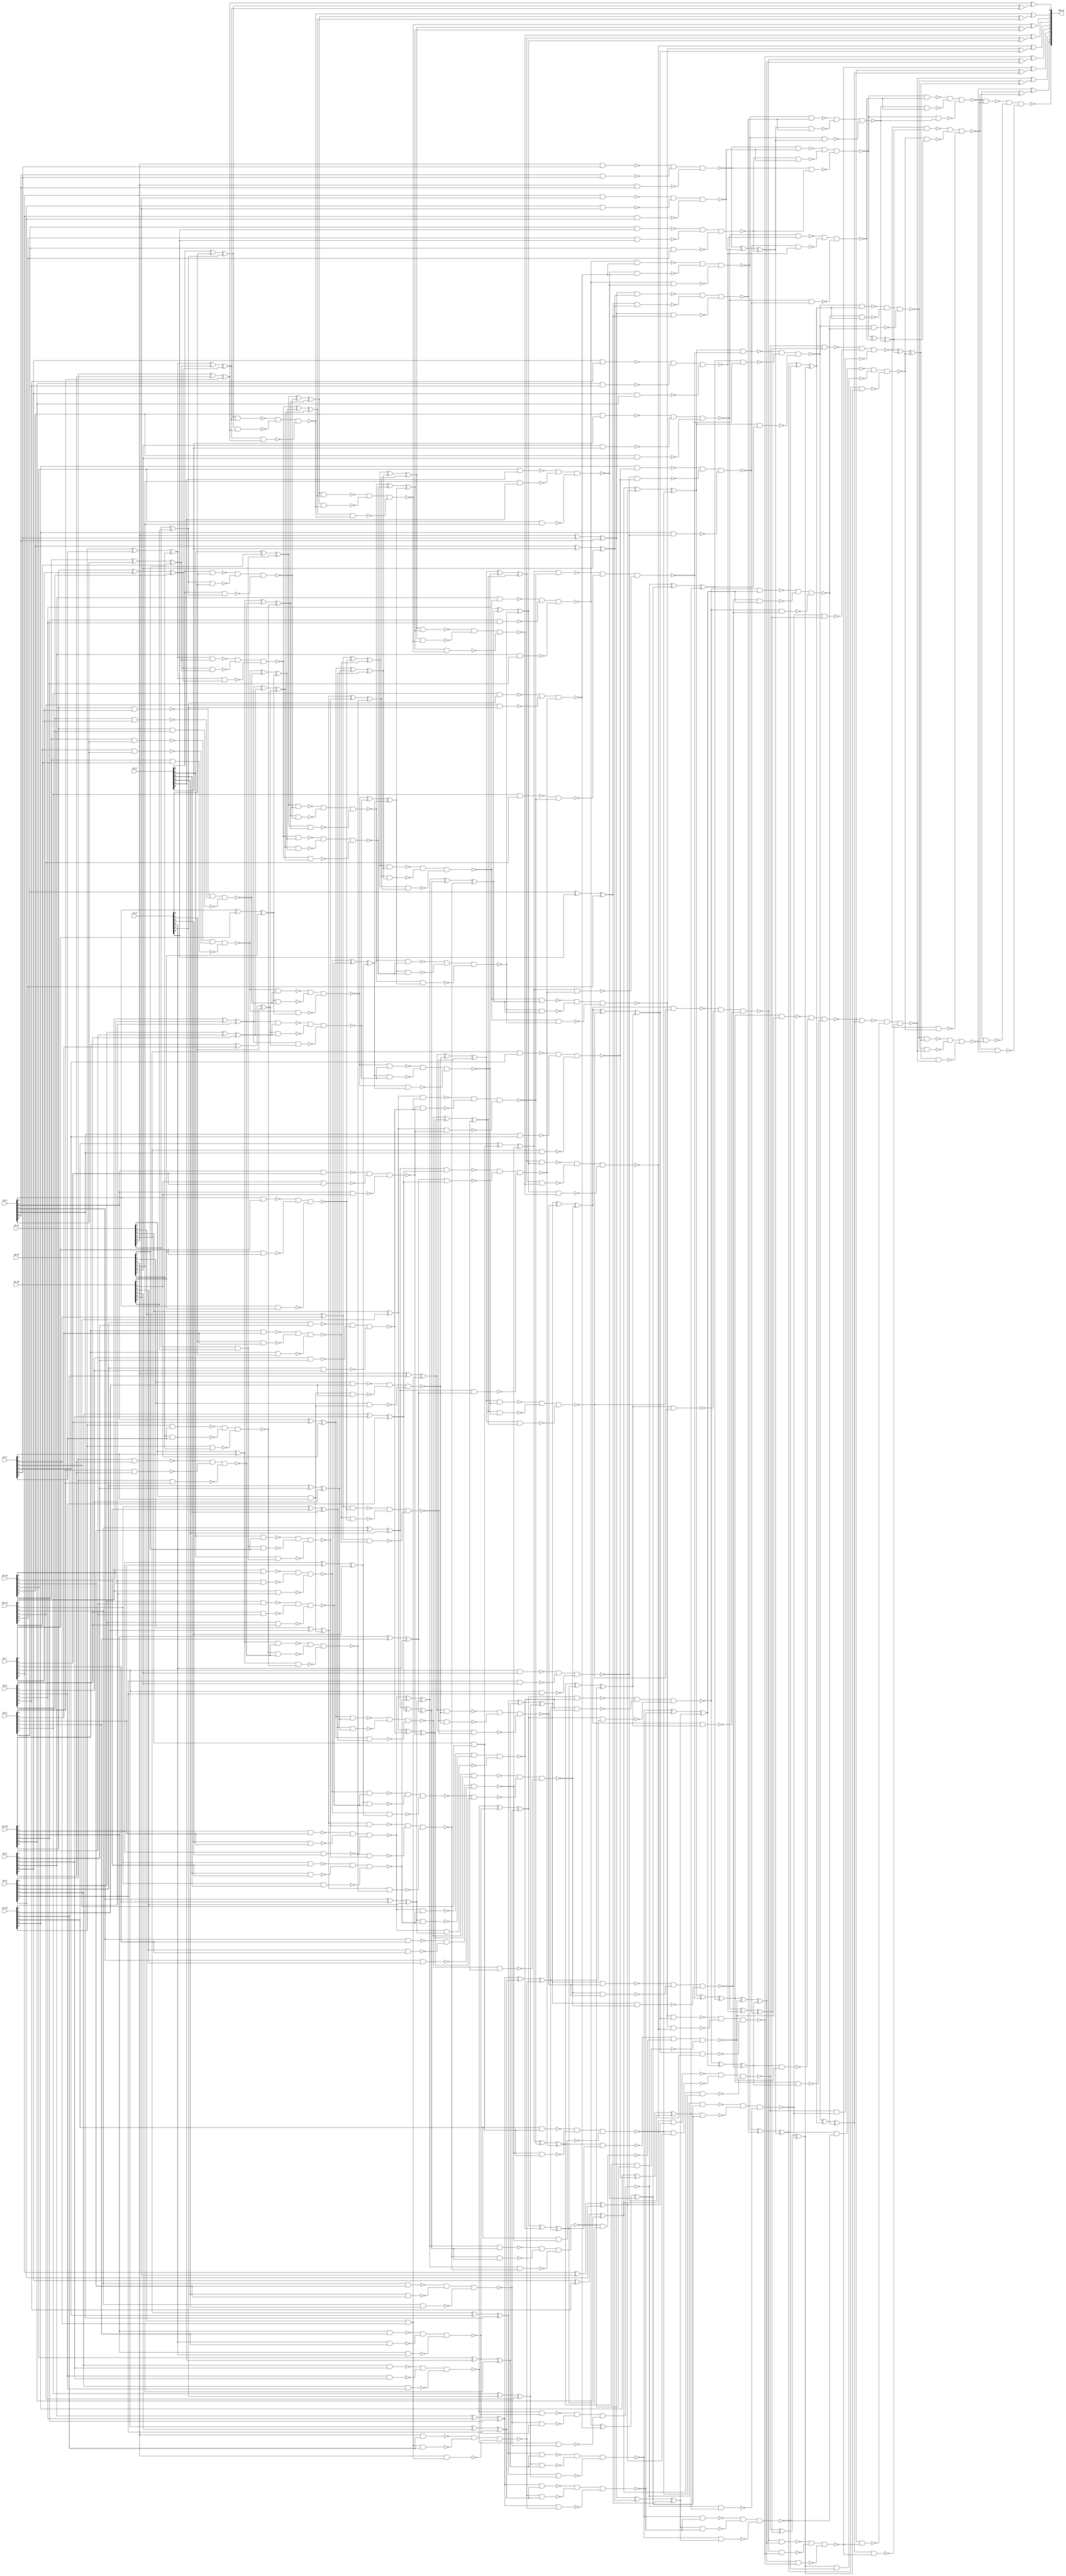
module csa_tree_add_1043_129_group_153_GENERIC_REAL(in_0, in_1, in_2,
     in_3, in_4, in_5, in_6, in_7, in_8, in_9, in_10, in_11, in_12,
     in_13, in_14, in_15, out_0);
// synthesis_equation "assign out_0 = ( ( ( ( ( ( ( ( ( ( ( ( ( ( ( in_14 + in_15 )  + in_13 )  + in_12 )  + in_11 )  + in_10 )  + in_9 )  + in_8 )  + in_7 )  + in_6 )  + in_5 )  + in_4 )  + in_3 )  + in_2 )  + in_1 )  + in_0 )  ;"
  input [5:0] in_0, in_1, in_2, in_3, in_4, in_5, in_6, in_7, in_8,
       in_9, in_10, in_11, in_12, in_13, in_14, in_15;
  output [9:0] out_0;
  wire [5:0] in_0, in_1, in_2, in_3, in_4, in_5, in_6, in_7, in_8,
       in_9, in_10, in_11, in_12, in_13, in_14, in_15;
  wire [9:0] out_0;
  wire n_108, n_109, n_110, n_111, n_112, n_113, n_114, n_115;
  wire n_116, n_118, n_119, n_120, n_121, n_122, n_123, n_124;
  wire n_125, n_126, n_127, n_128, n_129, n_130, n_131, n_132;
  wire n_133, n_134, n_135, n_136, n_137, n_138, n_139, n_140;
  wire n_141, n_142, n_143, n_144, n_145, n_146, n_147, n_148;
  wire n_149, n_150, n_151, n_152, n_153, n_154, n_155, n_156;
  wire n_157, n_158, n_159, n_160, n_161, n_162, n_163, n_164;
  wire n_165, n_166, n_167, n_168, n_169, n_170, n_171, n_172;
  wire n_173, n_174, n_175, n_176, n_177, n_178, n_179, n_180;
  wire n_181, n_182, n_183, n_184, n_185, n_186, n_187, n_188;
  wire n_189, n_190, n_191, n_192, n_193, n_194, n_195, n_196;
  wire n_197, n_198, n_199, n_200, n_201, n_202, n_203, n_204;
  wire n_205, n_206, n_207, n_208, n_209, n_210, n_211, n_212;
  wire n_213, n_214, n_215, n_216, n_217, n_218, n_219, n_220;
  wire n_221, n_222, n_223, n_224, n_225, n_226, n_227, n_228;
  wire n_229, n_230, n_231, n_232, n_233, n_234, n_235, n_236;
  wire n_237, n_238, n_239, n_240, n_241, n_242, n_243, n_244;
  wire n_245, n_246, n_247, n_248, n_249, n_250, n_251, n_252;
  wire n_253, n_254, n_255, n_256, n_257, n_258, n_259, n_260;
  wire n_261, n_262, n_263, n_264, n_265, n_266, n_267, n_268;
  wire n_269, n_270, n_271, n_272, n_273, n_274, n_275, n_276;
  wire n_277, n_278, n_279, n_280, n_281, n_282, n_283, n_284;
  wire n_285, n_286, n_287, n_288, n_289, n_290, n_291, n_292;
  wire n_293, n_294, n_295, n_296, n_297, n_298, n_299, n_300;
  wire n_301, n_302, n_303, n_304, n_305, n_306, n_307, n_308;
  wire n_309, n_310, n_311, n_312, n_313, n_314, n_315, n_316;
  wire n_317, n_318, n_319, n_320, n_321, n_322, n_323, n_324;
  wire n_325, n_326, n_327, n_328, n_329, n_330, n_331, n_332;
  wire n_333, n_334, n_335, n_336, n_337, n_338, n_339, n_340;
  wire n_341, n_342, n_343, n_344, n_345, n_346, n_347, n_348;
  wire n_349, n_350, n_351, n_352, n_353, n_354, n_355, n_356;
  wire n_357, n_358, n_359, n_360, n_361, n_362, n_363, n_364;
  wire n_365, n_366, n_367, n_368, n_369, n_370, n_371, n_372;
  wire n_373, n_374, n_375, n_376, n_377, n_378, n_379, n_380;
  wire n_381, n_382, n_383, n_384, n_385, n_386, n_387, n_388;
  wire n_389, n_390, n_391, n_392, n_393, n_394, n_395, n_396;
  wire n_397, n_398, n_399, n_400, n_401, n_402, n_403, n_404;
  wire n_405, n_406, n_407, n_408, n_409, n_410, n_411, n_412;
  wire n_413, n_414, n_415, n_416, n_417, n_418, n_419, n_420;
  wire n_421, n_422, n_423, n_424, n_425, n_426, n_427, n_428;
  wire n_429, n_430, n_431, n_432, n_433, n_434, n_435, n_436;
  wire n_437, n_438, n_439, n_440, n_441, n_442, n_443, n_444;
  wire n_445, n_446, n_447, n_448, n_449, n_450, n_451, n_452;
  wire n_453, n_454, n_455, n_456, n_457, n_458, n_459, n_460;
  wire n_461, n_462, n_463, n_464, n_465, n_466, n_467, n_468;
  wire n_469, n_470, n_471, n_472, n_473, n_474, n_475, n_476;
  wire n_477, n_478, n_479, n_480, n_481, n_482, n_483, n_484;
  wire n_485, n_486, n_487, n_488, n_489, n_490, n_491, n_492;
  wire n_493, n_494, n_495, n_496, n_497, n_498, n_499, n_500;
  wire n_501, n_502, n_503, n_504, n_505, n_506, n_507, n_508;
  wire n_509, n_510, n_511, n_512, n_513, n_514, n_515, n_516;
  wire n_517, n_518, n_519, n_520, n_521, n_522, n_523, n_524;
  wire n_525, n_526, n_527, n_528, n_529, n_530, n_531, n_532;
  wire n_533, n_534, n_535, n_536, n_537, n_538, n_539, n_540;
  wire n_541, n_542, n_543, n_544, n_545, n_546, n_547, n_548;
  wire n_549, n_550, n_551, n_552, n_553, n_554, n_555, n_556;
  wire n_557, n_558, n_559, n_560, n_561, n_562, n_563, n_564;
  wire n_565, n_566, n_567, n_568, n_569, n_570, n_571, n_572;
  wire n_573, n_574, n_575, n_576, n_577, n_578, n_579, n_580;
  wire n_581, n_582, n_583, n_584, n_585, n_586, n_587, n_588;
  wire n_589, n_590, n_591, n_592, n_593, n_594, n_595, n_596;
  wire n_597, n_598, n_599, n_600, n_601, n_602, n_603, n_604;
  wire n_605, n_606, n_607, n_608, n_609, n_610, n_611, n_612;
  wire n_613, n_614, n_615, n_616, n_617, n_618, n_619, n_620;
  wire n_621, n_622;
  xor g1 (n_128, in_0[0], in_15[0]);
  and g82 (n_132, in_0[0], in_15[0]);
  xor g83 (n_271, in_14[0], in_1[0]);
  xor g2 (n_129, n_271, in_13[0]);
  nand g84 (n_272, in_14[0], in_1[0]);
  nand g85 (n_273, in_13[0], in_1[0]);
  nand g86 (n_274, in_14[0], in_13[0]);
  nand g87 (n_135, n_272, n_273, n_274);
  xor g88 (n_275, in_12[0], in_3[0]);
  xor g89 (n_130, n_275, in_11[0]);
  nand g3 (n_276, in_12[0], in_3[0]);
  nand g90 (n_277, in_11[0], in_3[0]);
  nand g91 (n_278, in_12[0], in_11[0]);
  nand g92 (n_136, n_276, n_277, n_278);
  xor g93 (n_279, in_10[0], in_7[0]);
  xor g94 (n_131, n_279, in_9[0]);
  nand g95 (n_280, in_10[0], in_7[0]);
  nand g4 (n_281, in_9[0], in_7[0]);
  nand g96 (n_282, in_10[0], in_9[0]);
  nand g97 (n_137, n_280, n_281, n_282);
  xor g98 (n_283, in_8[0], in_4[0]);
  xor g99 (n_127, n_283, in_2[0]);
  nand g100 (n_284, in_8[0], in_4[0]);
  nand g101 (n_285, in_2[0], in_4[0]);
  nand g5 (n_286, in_8[0], in_2[0]);
  nand g102 (n_134, n_284, n_285, n_286);
  xor g103 (n_287, in_6[0], in_5[0]);
  xor g104 (n_116, n_287, n_128);
  nand g105 (n_288, in_6[0], in_5[0]);
  nand g106 (n_289, n_128, in_5[0]);
  nand g107 (n_290, in_6[0], n_128);
  nand g6 (n_143, n_288, n_289, n_290);
  xor g108 (n_291, n_129, n_130);
  xor g109 (n_126, n_291, n_131);
  nand g110 (n_292, n_129, n_130);
  nand g111 (n_293, n_131, n_130);
  nand g112 (n_294, n_129, n_131);
  nand g113 (n_145, n_292, n_293, n_294);
  xor g114 (n_133, in_0[1], in_1[1]);
  and g115 (n_148, in_0[1], in_1[1]);
  xor g116 (n_295, in_3[1], in_7[1]);
  xor g117 (n_138, n_295, in_15[1]);
  nand g118 (n_296, in_3[1], in_7[1]);
  nand g119 (n_297, in_15[1], in_7[1]);
  nand g120 (n_298, in_3[1], in_15[1]);
  nand g121 (n_150, n_296, n_297, n_298);
  xor g122 (n_299, in_8[1], in_4[1]);
  xor g123 (n_140, n_299, in_9[1]);
  nand g124 (n_300, in_8[1], in_4[1]);
  nand g125 (n_301, in_9[1], in_4[1]);
  nand g126 (n_302, in_8[1], in_9[1]);
  nand g127 (n_153, n_300, n_301, n_302);
  xor g128 (n_303, in_10[1], in_2[1]);
  xor g129 (n_141, n_303, in_5[1]);
  nand g130 (n_304, in_10[1], in_2[1]);
  nand g131 (n_305, in_5[1], in_2[1]);
  nand g132 (n_306, in_10[1], in_5[1]);
  nand g133 (n_151, n_304, n_305, n_306);
  xor g134 (n_307, in_11[1], in_12[1]);
  xor g135 (n_139, n_307, in_14[1]);
  nand g136 (n_308, in_11[1], in_12[1]);
  nand g137 (n_309, in_14[1], in_12[1]);
  nand g138 (n_310, in_11[1], in_14[1]);
  nand g139 (n_152, n_308, n_309, n_310);
  xor g140 (n_311, in_6[1], in_13[1]);
  xor g141 (n_142, n_311, n_132);
  nand g142 (n_312, in_6[1], in_13[1]);
  nand g143 (n_313, n_132, in_13[1]);
  nand g144 (n_314, in_6[1], n_132);
  nand g145 (n_159, n_312, n_313, n_314);
  xor g146 (n_315, n_133, n_134);
  xor g147 (n_144, n_315, n_135);
  nand g148 (n_316, n_133, n_134);
  nand g149 (n_317, n_135, n_134);
  nand g150 (n_318, n_133, n_135);
  nand g151 (n_160, n_316, n_317, n_318);
  xor g152 (n_319, n_136, n_137);
  xor g153 (n_146, n_319, n_138);
  nand g154 (n_320, n_136, n_137);
  nand g155 (n_321, n_138, n_137);
  nand g156 (n_322, n_136, n_138);
  nand g157 (n_161, n_320, n_321, n_322);
  xor g158 (n_323, n_139, n_140);
  xor g159 (n_147, n_323, n_141);
  nand g160 (n_324, n_139, n_140);
  nand g161 (n_325, n_141, n_140);
  nand g162 (n_326, n_139, n_141);
  nand g163 (n_162, n_324, n_325, n_326);
  xor g164 (n_327, n_142, n_143);
  xor g165 (n_115, n_327, n_144);
  nand g166 (n_328, n_142, n_143);
  nand g167 (n_329, n_144, n_143);
  nand g168 (n_330, n_142, n_144);
  nand g169 (n_167, n_328, n_329, n_330);
  xor g170 (n_331, n_145, n_146);
  xor g171 (n_125, n_331, n_147);
  nand g172 (n_332, n_145, n_146);
  nand g173 (n_333, n_147, n_146);
  nand g174 (n_334, n_145, n_147);
  nand g175 (n_168, n_332, n_333, n_334);
  xor g176 (n_149, in_0[2], in_1[2]);
  and g177 (n_170, in_0[2], in_1[2]);
  xor g178 (n_335, in_3[2], in_7[2]);
  xor g179 (n_155, n_335, in_15[2]);
  nand g180 (n_336, in_3[2], in_7[2]);
  nand g181 (n_337, in_15[2], in_7[2]);
  nand g182 (n_338, in_3[2], in_15[2]);
  nand g183 (n_173, n_336, n_337, n_338);
  xor g184 (n_339, in_8[2], in_4[2]);
  xor g185 (n_156, n_339, in_9[2]);
  nand g186 (n_340, in_8[2], in_4[2]);
  nand g187 (n_341, in_9[2], in_4[2]);
  nand g188 (n_342, in_8[2], in_9[2]);
  nand g189 (n_172, n_340, n_341, n_342);
  xor g190 (n_343, in_10[2], in_2[2]);
  xor g191 (n_154, n_343, in_5[2]);
  nand g192 (n_344, in_10[2], in_2[2]);
  nand g193 (n_345, in_5[2], in_2[2]);
  nand g194 (n_346, in_10[2], in_5[2]);
  nand g195 (n_174, n_344, n_345, n_346);
  xor g196 (n_347, in_11[2], in_12[2]);
  xor g197 (n_157, n_347, in_6[2]);
  nand g198 (n_348, in_11[2], in_12[2]);
  nand g199 (n_349, in_6[2], in_12[2]);
  nand g200 (n_350, in_11[2], in_6[2]);
  nand g201 (n_175, n_348, n_349, n_350);
  xor g202 (n_351, in_13[2], in_14[2]);
  xor g203 (n_158, n_351, n_148);
  nand g204 (n_352, in_13[2], in_14[2]);
  nand g205 (n_353, n_148, in_14[2]);
  nand g206 (n_354, in_13[2], n_148);
  nand g207 (n_181, n_352, n_353, n_354);
  xor g208 (n_355, n_149, n_150);
  xor g209 (n_164, n_355, n_151);
  nand g210 (n_356, n_149, n_150);
  nand g211 (n_357, n_151, n_150);
  nand g212 (n_358, n_149, n_151);
  nand g213 (n_182, n_356, n_357, n_358);
  xor g214 (n_359, n_152, n_153);
  xor g215 (n_163, n_359, n_154);
  nand g216 (n_360, n_152, n_153);
  nand g217 (n_361, n_154, n_153);
  nand g218 (n_362, n_152, n_154);
  nand g219 (n_185, n_360, n_361, n_362);
  xor g220 (n_363, n_155, n_156);
  xor g221 (n_165, n_363, n_157);
  nand g222 (n_364, n_155, n_156);
  nand g223 (n_365, n_157, n_156);
  nand g224 (n_366, n_155, n_157);
  nand g225 (n_183, n_364, n_365, n_366);
  xor g226 (n_367, n_158, n_159);
  xor g227 (n_166, n_367, n_160);
  nand g228 (n_368, n_158, n_159);
  nand g229 (n_369, n_160, n_159);
  nand g230 (n_370, n_158, n_160);
  nand g231 (n_188, n_368, n_369, n_370);
  xor g232 (n_371, n_161, n_162);
  xor g233 (n_169, n_371, n_163);
  nand g234 (n_372, n_161, n_162);
  nand g235 (n_373, n_163, n_162);
  nand g236 (n_374, n_161, n_163);
  nand g237 (n_190, n_372, n_373, n_374);
  xor g238 (n_375, n_164, n_165);
  xor g239 (n_114, n_375, n_166);
  nand g240 (n_376, n_164, n_165);
  nand g241 (n_377, n_166, n_165);
  nand g242 (n_378, n_164, n_166);
  nand g243 (n_192, n_376, n_377, n_378);
  xor g244 (n_379, n_167, n_168);
  xor g245 (n_124, n_379, n_169);
  nand g246 (n_380, n_167, n_168);
  nand g247 (n_381, n_169, n_168);
  nand g248 (n_382, n_167, n_169);
  nand g249 (n_194, n_380, n_381, n_382);
  xor g250 (n_171, in_0[3], in_1[3]);
  and g251 (n_195, in_0[3], in_1[3]);
  xor g252 (n_383, in_3[3], in_7[3]);
  xor g253 (n_176, n_383, in_15[3]);
  nand g254 (n_384, in_3[3], in_7[3]);
  nand g255 (n_385, in_15[3], in_7[3]);
  nand g256 (n_386, in_3[3], in_15[3]);
  nand g257 (n_196, n_384, n_385, n_386);
  xor g258 (n_387, in_8[3], in_4[3]);
  xor g259 (n_178, n_387, in_9[3]);
  nand g260 (n_388, in_8[3], in_4[3]);
  nand g261 (n_389, in_9[3], in_4[3]);
  nand g262 (n_390, in_8[3], in_9[3]);
  nand g263 (n_197, n_388, n_389, n_390);
  xor g264 (n_391, in_10[3], in_2[3]);
  xor g265 (n_179, n_391, in_5[3]);
  nand g266 (n_392, in_10[3], in_2[3]);
  nand g267 (n_393, in_5[3], in_2[3]);
  nand g268 (n_394, in_10[3], in_5[3]);
  nand g269 (n_198, n_392, n_393, n_394);
  xor g270 (n_395, in_11[3], in_12[3]);
  xor g271 (n_177, n_395, in_6[3]);
  nand g272 (n_396, in_11[3], in_12[3]);
  nand g273 (n_397, in_6[3], in_12[3]);
  nand g274 (n_398, in_11[3], in_6[3]);
  nand g275 (n_199, n_396, n_397, n_398);
  xor g276 (n_399, in_13[3], in_14[3]);
  xor g277 (n_180, n_399, n_170);
  nand g278 (n_400, in_13[3], in_14[3]);
  nand g279 (n_401, n_170, in_14[3]);
  nand g280 (n_402, in_13[3], n_170);
  nand g281 (n_205, n_400, n_401, n_402);
  xor g282 (n_403, n_171, n_172);
  xor g283 (n_184, n_403, n_173);
  nand g284 (n_404, n_171, n_172);
  nand g285 (n_405, n_173, n_172);
  nand g286 (n_406, n_171, n_173);
  nand g287 (n_207, n_404, n_405, n_406);
  xor g288 (n_407, n_174, n_175);
  xor g289 (n_186, n_407, n_176);
  nand g290 (n_408, n_174, n_175);
  nand g291 (n_409, n_176, n_175);
  nand g292 (n_410, n_174, n_176);
  nand g293 (n_210, n_408, n_409, n_410);
  xor g294 (n_411, n_177, n_178);
  xor g295 (n_187, n_411, n_179);
  nand g296 (n_412, n_177, n_178);
  nand g297 (n_413, n_179, n_178);
  nand g298 (n_414, n_177, n_179);
  nand g299 (n_208, n_412, n_413, n_414);
  xor g300 (n_415, n_180, n_181);
  xor g301 (n_189, n_415, n_182);
  nand g302 (n_416, n_180, n_181);
  nand g303 (n_417, n_182, n_181);
  nand g304 (n_418, n_180, n_182);
  nand g305 (n_213, n_416, n_417, n_418);
  xor g306 (n_419, n_183, n_184);
  xor g307 (n_191, n_419, n_185);
  nand g308 (n_420, n_183, n_184);
  nand g309 (n_421, n_185, n_184);
  nand g310 (n_422, n_183, n_185);
  nand g311 (n_214, n_420, n_421, n_422);
  xor g312 (n_423, n_186, n_187);
  xor g313 (n_193, n_423, n_188);
  nand g314 (n_424, n_186, n_187);
  nand g315 (n_425, n_188, n_187);
  nand g316 (n_426, n_186, n_188);
  nand g317 (n_217, n_424, n_425, n_426);
  xor g318 (n_427, n_189, n_190);
  xor g319 (n_113, n_427, n_191);
  nand g320 (n_428, n_189, n_190);
  nand g321 (n_429, n_191, n_190);
  nand g322 (n_430, n_189, n_191);
  nand g323 (n_219, n_428, n_429, n_430);
  xor g324 (n_431, n_192, n_193);
  xor g325 (n_123, n_431, n_194);
  nand g326 (n_432, n_192, n_193);
  nand g327 (n_433, n_194, n_193);
  nand g328 (n_434, n_192, n_194);
  nand g329 (n_112, n_432, n_433, n_434);
  xor g330 (n_435, in_0[4], in_1[4]);
  xor g331 (n_200, n_435, in_3[4]);
  nand g332 (n_436, in_0[4], in_1[4]);
  nand g333 (n_437, in_3[4], in_1[4]);
  nand g334 (n_438, in_0[4], in_3[4]);
  nand g335 (n_221, n_436, n_437, n_438);
  xor g336 (n_439, in_7[4], in_15[4]);
  xor g337 (n_204, n_439, in_8[4]);
  nand g338 (n_440, in_7[4], in_15[4]);
  nand g339 (n_441, in_8[4], in_15[4]);
  nand g340 (n_442, in_7[4], in_8[4]);
  nand g341 (n_222, n_440, n_441, n_442);
  xor g342 (n_443, in_4[4], in_9[4]);
  xor g343 (n_203, n_443, in_10[4]);
  nand g344 (n_444, in_4[4], in_9[4]);
  nand g345 (n_445, in_10[4], in_9[4]);
  nand g346 (n_446, in_4[4], in_10[4]);
  nand g347 (n_223, n_444, n_445, n_446);
  xor g348 (n_447, in_2[4], in_5[4]);
  xor g349 (n_202, n_447, in_11[4]);
  nand g350 (n_448, in_2[4], in_5[4]);
  nand g351 (n_449, in_11[4], in_5[4]);
  nand g352 (n_450, in_2[4], in_11[4]);
  nand g353 (n_224, n_448, n_449, n_450);
  xor g354 (n_451, in_12[4], in_6[4]);
  xor g355 (n_201, n_451, in_13[4]);
  nand g356 (n_452, in_12[4], in_6[4]);
  nand g357 (n_453, in_13[4], in_6[4]);
  nand g358 (n_454, in_12[4], in_13[4]);
  nand g359 (n_225, n_452, n_453, n_454);
  xor g360 (n_455, in_14[4], n_195);
  xor g361 (n_206, n_455, n_196);
  nand g362 (n_456, in_14[4], n_195);
  nand g363 (n_457, n_196, n_195);
  nand g364 (n_458, in_14[4], n_196);
  nand g365 (n_231, n_456, n_457, n_458);
  xor g366 (n_459, n_197, n_198);
  xor g367 (n_209, n_459, n_199);
  nand g368 (n_460, n_197, n_198);
  nand g369 (n_461, n_199, n_198);
  nand g370 (n_462, n_197, n_199);
  nand g371 (n_232, n_460, n_461, n_462);
  xor g372 (n_463, n_200, n_201);
  xor g373 (n_212, n_463, n_202);
  nand g374 (n_464, n_200, n_201);
  nand g375 (n_465, n_202, n_201);
  nand g376 (n_466, n_200, n_202);
  nand g377 (n_235, n_464, n_465, n_466);
  xor g378 (n_467, n_203, n_204);
  xor g379 (n_211, n_467, n_205);
  nand g380 (n_468, n_203, n_204);
  nand g381 (n_469, n_205, n_204);
  nand g382 (n_470, n_203, n_205);
  nand g383 (n_236, n_468, n_469, n_470);
  xor g384 (n_471, n_206, n_207);
  xor g385 (n_215, n_471, n_208);
  nand g386 (n_472, n_206, n_207);
  nand g387 (n_473, n_208, n_207);
  nand g388 (n_474, n_206, n_208);
  nand g389 (n_239, n_472, n_473, n_474);
  xor g390 (n_475, n_209, n_210);
  xor g391 (n_216, n_475, n_211);
  nand g392 (n_476, n_209, n_210);
  nand g393 (n_477, n_211, n_210);
  nand g394 (n_478, n_209, n_211);
  nand g395 (n_241, n_476, n_477, n_478);
  xor g396 (n_479, n_212, n_213);
  xor g397 (n_218, n_479, n_214);
  nand g398 (n_480, n_212, n_213);
  nand g399 (n_481, n_214, n_213);
  nand g400 (n_482, n_212, n_214);
  nand g401 (n_243, n_480, n_481, n_482);
  xor g402 (n_483, n_215, n_216);
  xor g403 (n_220, n_483, n_217);
  nand g404 (n_484, n_215, n_216);
  nand g405 (n_485, n_217, n_216);
  nand g406 (n_486, n_215, n_217);
  nand g407 (n_245, n_484, n_485, n_486);
  xor g408 (n_487, n_218, n_219);
  xor g409 (n_122, n_487, n_220);
  nand g410 (n_488, n_218, n_219);
  nand g411 (n_489, n_220, n_219);
  nand g412 (n_490, n_218, n_220);
  nand g413 (n_111, n_488, n_489, n_490);
  xor g414 (n_491, in_0[5], in_1[5]);
  xor g415 (n_226, n_491, in_3[5]);
  nand g416 (n_492, in_0[5], in_1[5]);
  nand g417 (n_493, in_3[5], in_1[5]);
  nand g418 (n_494, in_0[5], in_3[5]);
  nand g419 (n_247, n_492, n_493, n_494);
  xor g420 (n_495, in_7[5], in_15[5]);
  xor g421 (n_230, n_495, in_8[5]);
  nand g422 (n_496, in_7[5], in_15[5]);
  nand g423 (n_497, in_8[5], in_15[5]);
  nand g424 (n_498, in_7[5], in_8[5]);
  nand g425 (n_248, n_496, n_497, n_498);
  xor g426 (n_499, in_4[5], in_9[5]);
  xor g427 (n_229, n_499, in_10[5]);
  nand g428 (n_500, in_4[5], in_9[5]);
  nand g429 (n_501, in_10[5], in_9[5]);
  nand g430 (n_502, in_4[5], in_10[5]);
  nand g431 (n_251, n_500, n_501, n_502);
  xor g432 (n_503, in_2[5], in_5[5]);
  xor g433 (n_228, n_503, in_11[5]);
  nand g434 (n_504, in_2[5], in_5[5]);
  nand g435 (n_505, in_11[5], in_5[5]);
  nand g436 (n_506, in_2[5], in_11[5]);
  nand g437 (n_249, n_504, n_505, n_506);
  xor g438 (n_507, in_12[5], in_6[5]);
  xor g439 (n_227, n_507, in_13[5]);
  nand g440 (n_508, in_12[5], in_6[5]);
  nand g441 (n_509, in_13[5], in_6[5]);
  nand g442 (n_510, in_12[5], in_13[5]);
  nand g443 (n_250, n_508, n_509, n_510);
  xor g444 (n_511, in_14[5], n_221);
  xor g445 (n_234, n_511, n_222);
  nand g446 (n_512, in_14[5], n_221);
  nand g447 (n_513, n_222, n_221);
  nand g448 (n_514, in_14[5], n_222);
  nand g449 (n_252, n_512, n_513, n_514);
  xor g450 (n_515, n_223, n_224);
  xor g451 (n_233, n_515, n_225);
  nand g452 (n_516, n_223, n_224);
  nand g453 (n_517, n_225, n_224);
  nand g454 (n_518, n_223, n_225);
  nand g455 (n_253, n_516, n_517, n_518);
  xor g456 (n_519, n_226, n_227);
  xor g457 (n_237, n_519, n_228);
  nand g458 (n_520, n_226, n_227);
  nand g459 (n_521, n_228, n_227);
  nand g460 (n_522, n_226, n_228);
  nand g461 (n_254, n_520, n_521, n_522);
  xor g462 (n_523, n_229, n_230);
  xor g463 (n_238, n_523, n_231);
  nand g464 (n_524, n_229, n_230);
  nand g465 (n_525, n_231, n_230);
  nand g466 (n_526, n_229, n_231);
  nand g467 (n_256, n_524, n_525, n_526);
  xor g468 (n_527, n_232, n_233);
  xor g469 (n_240, n_527, n_234);
  nand g470 (n_528, n_232, n_233);
  nand g471 (n_529, n_234, n_233);
  nand g472 (n_530, n_232, n_234);
  nand g473 (n_258, n_528, n_529, n_530);
  xor g474 (n_531, n_235, n_236);
  xor g475 (n_242, n_531, n_237);
  nand g476 (n_532, n_235, n_236);
  nand g477 (n_533, n_237, n_236);
  nand g478 (n_534, n_235, n_237);
  nand g479 (n_260, n_532, n_533, n_534);
  xor g480 (n_535, n_238, n_239);
  xor g481 (n_244, n_535, n_240);
  nand g482 (n_536, n_238, n_239);
  nand g483 (n_537, n_240, n_239);
  nand g484 (n_538, n_238, n_240);
  nand g485 (n_262, n_536, n_537, n_538);
  xor g486 (n_539, n_241, n_242);
  xor g487 (n_246, n_539, n_243);
  nand g488 (n_540, n_241, n_242);
  nand g489 (n_541, n_243, n_242);
  nand g490 (n_542, n_241, n_243);
  nand g491 (n_264, n_540, n_541, n_542);
  xor g492 (n_543, n_244, n_245);
  xor g493 (n_121, n_543, n_246);
  nand g494 (n_544, n_244, n_245);
  nand g495 (n_545, n_246, n_245);
  nand g496 (n_546, n_244, n_246);
  nand g497 (n_110, n_544, n_545, n_546);
  xor g498 (n_547, n_247, n_248);
  xor g499 (n_255, n_547, n_249);
  nand g500 (n_548, n_247, n_248);
  nand g501 (n_549, n_249, n_248);
  nand g502 (n_550, n_247, n_249);
  nand g503 (n_265, n_548, n_549, n_550);
  xor g504 (n_551, n_250, n_251);
  xor g505 (n_257, n_551, n_252);
  nand g506 (n_552, n_250, n_251);
  nand g507 (n_553, n_252, n_251);
  nand g508 (n_554, n_250, n_252);
  nand g509 (n_266, n_552, n_553, n_554);
  xor g510 (n_555, n_253, n_254);
  xor g511 (n_259, n_555, n_255);
  nand g512 (n_556, n_253, n_254);
  nand g513 (n_557, n_255, n_254);
  nand g514 (n_558, n_253, n_255);
  nand g515 (n_267, n_556, n_557, n_558);
  xor g516 (n_559, n_256, n_257);
  xor g517 (n_261, n_559, n_258);
  nand g518 (n_560, n_256, n_257);
  nand g519 (n_561, n_258, n_257);
  nand g520 (n_562, n_256, n_258);
  nand g521 (n_268, n_560, n_561, n_562);
  xor g522 (n_563, n_259, n_260);
  xor g523 (n_263, n_563, n_261);
  nand g524 (n_564, n_259, n_260);
  nand g525 (n_565, n_261, n_260);
  nand g526 (n_566, n_259, n_261);
  nand g527 (n_270, n_564, n_565, n_566);
  xor g528 (n_567, n_262, n_263);
  xor g529 (n_120, n_567, n_264);
  nand g530 (n_568, n_262, n_263);
  nand g531 (n_569, n_264, n_263);
  nand g532 (n_570, n_262, n_264);
  nand g533 (n_109, n_568, n_569, n_570);
  xor g534 (n_571, n_265, n_266);
  xor g535 (n_269, n_571, n_267);
  nand g536 (n_572, n_265, n_266);
  nand g537 (n_573, n_267, n_266);
  nand g538 (n_574, n_265, n_267);
  nand g539 (n_108, n_572, n_573, n_574);
  xor g540 (n_575, n_268, n_269);
  xor g541 (n_119, n_575, n_270);
  nand g542 (n_576, n_268, n_269);
  nand g543 (n_577, n_270, n_269);
  nand g544 (n_578, n_268, n_270);
  nand g545 (n_118, n_576, n_577, n_578);
  nand g546 (n_579, n_116, n_126);
  nand g547 (n_580, n_116, n_127);
  nand g548 (n_581, n_126, n_127);
  nand g549 (n_583, n_579, n_580, n_581);
  xor g550 (n_582, n_116, n_126);
  xor g551 (out_0[0], n_127, n_582);
  nand g7 (n_584, n_115, n_125);
  nand g8 (n_585, n_115, n_583);
  nand g9 (n_586, n_125, n_583);
  nand g10 (n_588, n_584, n_585, n_586);
  xor g11 (n_587, n_115, n_125);
  xor g12 (out_0[1], n_583, n_587);
  nand g13 (n_589, n_114, n_124);
  nand g14 (n_590, n_114, n_588);
  nand g15 (n_591, n_124, n_588);
  nand g16 (n_593, n_589, n_590, n_591);
  xor g17 (n_592, n_114, n_124);
  xor g18 (out_0[2], n_588, n_592);
  nand g19 (n_594, n_113, n_123);
  nand g20 (n_595, n_113, n_593);
  nand g21 (n_596, n_123, n_593);
  nand g22 (n_598, n_594, n_595, n_596);
  xor g23 (n_597, n_113, n_123);
  xor g24 (out_0[3], n_593, n_597);
  nand g25 (n_599, n_112, n_122);
  nand g26 (n_600, n_112, n_598);
  nand g27 (n_601, n_122, n_598);
  nand g28 (n_603, n_599, n_600, n_601);
  xor g29 (n_602, n_112, n_122);
  xor g30 (out_0[4], n_598, n_602);
  nand g31 (n_604, n_111, n_121);
  nand g32 (n_605, n_111, n_603);
  nand g33 (n_606, n_121, n_603);
  nand g34 (n_608, n_604, n_605, n_606);
  xor g35 (n_607, n_111, n_121);
  xor g36 (out_0[5], n_603, n_607);
  nand g37 (n_609, n_110, n_120);
  nand g38 (n_610, n_110, n_608);
  nand g39 (n_611, n_120, n_608);
  nand g40 (n_613, n_609, n_610, n_611);
  xor g41 (n_612, n_110, n_120);
  xor g42 (out_0[6], n_608, n_612);
  nand g43 (n_614, n_109, n_119);
  nand g44 (n_615, n_109, n_613);
  nand g45 (n_616, n_119, n_613);
  nand g46 (n_618, n_614, n_615, n_616);
  xor g47 (n_617, n_109, n_119);
  xor g48 (out_0[7], n_613, n_617);
  nand g49 (n_619, n_108, n_118);
  nand g50 (n_620, n_108, n_618);
  nand g51 (n_621, n_118, n_618);
  nand g52 (out_0[9], n_619, n_620, n_621);
  xor g53 (n_622, n_108, n_118);
  xor g54 (out_0[8], n_618, n_622);
endmodule

module csa_tree_add_1043_129_group_153_GENERIC(in_0, in_1, in_2, in_3,
     in_4, in_5, in_6, in_7, in_8, in_9, in_10, in_11, in_12, in_13,
     in_14, in_15, out_0);
  input [5:0] in_0, in_1, in_2, in_3, in_4, in_5, in_6, in_7, in_8,
       in_9, in_10, in_11, in_12, in_13, in_14, in_15;
  output [9:0] out_0;
  wire [5:0] in_0, in_1, in_2, in_3, in_4, in_5, in_6, in_7, in_8,
       in_9, in_10, in_11, in_12, in_13, in_14, in_15;
  wire [9:0] out_0;
  csa_tree_add_1043_129_group_153_GENERIC_REAL g1(.in_0 (in_0), .in_1
       (in_1), .in_2 (in_2), .in_3 (in_3), .in_4 (in_4), .in_5 (in_5),
       .in_6 (in_6), .in_7 (in_7), .in_8 (in_8), .in_9 (in_9), .in_10
       (in_10), .in_11 (in_11), .in_12 (in_12), .in_13 (in_13), .in_14
       (in_14), .in_15 (in_15), .out_0 (out_0));
endmodule